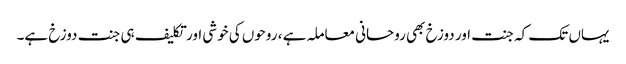
یہاں تک کہ جنت اور دوزخ بھی روحانی معاملہ ہے ، روحوں کی خوشی اور تکلیف ہی جنت دوزخ ہے۔